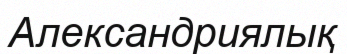
Александриялық